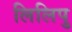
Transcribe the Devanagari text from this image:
लिलिपु